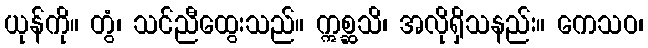
ယုန်ကို။ တွံ၊ သင်ညီထွေးသည်။ ဣစ္ဆသိ၊ အလိုရှိသနည်း။ ကေသဝ၊